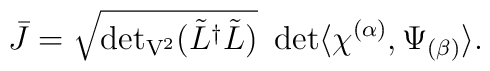
\bar J = \sqrt{{\det}_{\rm V^2} (\tilde L^\dagger \tilde L)}\ \det \langle \chi^{(\alpha)} ,\Psi_{(\beta)} \rangle.